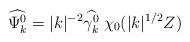
LaTeX: \begin{align*}\widehat{\Psi^0_{k}}= |k|^{-2}\widehat{\gamma^0_k}\; \chi_0(|k|^{1/2} Z)\end{align*}